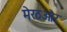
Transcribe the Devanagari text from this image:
मेरठऔर